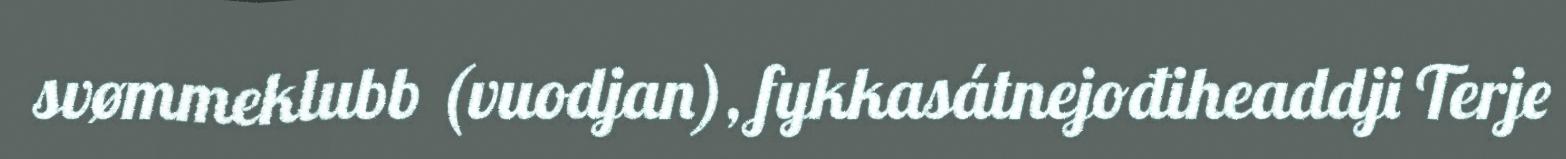
svømmeklubb (vuodjan), fykkasátnejođiheaddji Terje